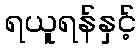
ရယူရန်နှင့်